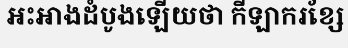
អះអាងដំបូងឡើយថា កីឡាករខ្សែ